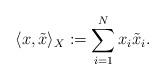
LaTeX: \begin{align*}\langle x, \tilde{x} \rangle_{X} : = \sum_{i=1}^N x_i \tilde{x}_i.\end{align*}